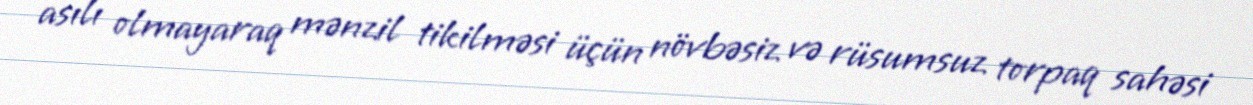
asılı olmayaraq mənzil tikilməsi üçün növbəsiz və rüsumsuz torpaq sahəsi